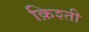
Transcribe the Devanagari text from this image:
क़िश्ती